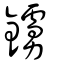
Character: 鐪